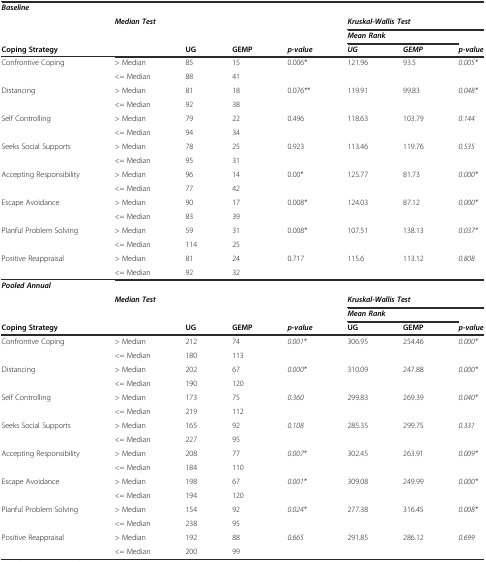
<table><thead><tr><td colspan="8"><b><i>Baseline</i></b></td></tr><tr><td></td><td colspan="4"><b><i>Median Test</i></b></td><td colspan="3"><b><i>Kruskal-Wallis Test</i></b></td></tr><tr><td></td><td></td><td></td><td></td><td></td><td colspan="2"><b><i>Mean Rank</i></b></td><td></td></tr><tr><td><b>Coping Strategy</b></td><td></td><td><b>UG</b></td><td><b>GEMP</b></td><td><b><i>p-value</i></b></td><td><b><i>UG</i></b></td><td><b><i>GEMP</i></b></td><td><b><i>p-value</i></b></td></tr></thead><tbody><tr><td rowspan="2">Confrontive Coping</td><td>&gt; Median</td><td>85</td><td>15</td><td rowspan="2">0.006*</td><td>121.96</td><td>93.5</td><td><i>0.005*</i></td></tr><tr><td>&lt;= Median</td><td>88</td><td>41</td><td></td><td></td><td></td></tr><tr><td rowspan="2">Distancing</td><td>&gt; Median</td><td>81</td><td>18</td><td rowspan="2">0.076**</td><td>119.91</td><td>99.83</td><td><i>0.048*</i></td></tr><tr><td>&lt;= Median</td><td>92</td><td>38</td><td></td><td></td><td></td></tr><tr><td rowspan="2">Self Controlling</td><td>&gt; Median</td><td>79</td><td>22</td><td rowspan="2">0.496</td><td>118.63</td><td>103.79</td><td><i>0.144</i></td></tr><tr><td>&lt;= Median</td><td>94</td><td>34</td><td></td><td></td><td></td></tr><tr><td rowspan="2">Seeks Social Supports</td><td>&gt; Median</td><td>78</td><td>25</td><td rowspan="2">0.923</td><td>113.46</td><td>119.76</td><td><i>0.535</i></td></tr><tr><td>&lt;= Median</td><td>95</td><td>31</td><td></td><td></td><td></td></tr><tr><td rowspan="2">Accepting Responsibility</td><td>&gt; Median</td><td>96</td><td>14</td><td rowspan="2">0.00*</td><td>125.77</td><td>81.73</td><td><i>0.000*</i></td></tr><tr><td>&lt;= Median</td><td>77</td><td>42</td><td></td><td></td><td></td></tr><tr><td rowspan="2">Escape Avoidance</td><td>&gt; Median</td><td>90</td><td>17</td><td rowspan="2">0.008*</td><td>124.03</td><td>87.12</td><td><i>0.000*</i></td></tr><tr><td>&lt;= Median</td><td>83</td><td>39</td><td></td><td></td><td></td></tr><tr><td rowspan="2">Planful Problem Solving</td><td>&gt; Median</td><td>59</td><td>31</td><td rowspan="2">0.008*</td><td>107.51</td><td>138.13</td><td><i>0.037*</i></td></tr><tr><td>&lt;= Median</td><td>114</td><td>25</td><td></td><td></td><td></td></tr><tr><td rowspan="2">Positive Reappraisal</td><td>&gt; Median</td><td>81</td><td>24</td><td rowspan="2">0.717</td><td>115.6</td><td>113.12</td><td><i>0.808</i></td></tr><tr><td>&lt;= Median</td><td>92</td><td>32</td><td></td><td></td><td></td></tr><tr><td colspan="8"><b><i>Pooled Annual</i></b></td></tr><tr><td></td><td colspan="3"><b><i>Median Test</i></b></td><td></td><td colspan="3"><b><i>Kruskal-Wallis Test</i></b></td></tr><tr><td></td><td></td><td></td><td></td><td></td><td colspan="2"><b><i>Mean Rank</i></b></td><td></td></tr><tr><td><b>Coping Strategy</b></td><td></td><td><b>UG</b></td><td><b>GEMP</b></td><td><b><i>p-value</i></b></td><td><b>UG</b></td><td><b>GEMP</b></td><td><b><i>p-value</i></b></td></tr><tr><td rowspan="2">Confrontive Coping</td><td>&gt; Median</td><td>212</td><td>74</td><td rowspan="2"><i>0.001*</i></td><td>306.95</td><td>254.46</td><td><i>0.000*</i></td></tr><tr><td>&lt;= Median</td><td>180</td><td>113</td><td></td><td></td><td></td></tr><tr><td rowspan="2">Distancing</td><td>&gt; Median</td><td>202</td><td>67</td><td rowspan="2"><i>0.000*</i></td><td>310.09</td><td>247.88</td><td><i>0.000*</i></td></tr><tr><td>&lt;= Median</td><td>190</td><td>120</td><td></td><td></td><td></td></tr><tr><td rowspan="2">Self Controlling</td><td>&gt; Median</td><td>173</td><td>75</td><td rowspan="2"><i>0.360</i></td><td>299.83</td><td>269.39</td><td><i>0.040*</i></td></tr><tr><td>&lt;= Median</td><td>219</td><td>112</td><td></td><td></td><td></td></tr><tr><td rowspan="2">Seeks Social Supports</td><td>&gt; Median</td><td>165</td><td>92</td><td rowspan="2"><i>0.108</i></td><td>285.35</td><td>299.75</td><td><i>0.331</i></td></tr><tr><td>&lt;= Median</td><td>227</td><td>95</td><td></td><td></td><td></td></tr><tr><td rowspan="2">Accepting Responsibility</td><td>&gt; Median</td><td>208</td><td>77</td><td rowspan="2"><i>0.007*</i></td><td>302.45</td><td>263.91</td><td><i>0.009*</i></td></tr><tr><td>&lt;= Median</td><td>184</td><td>110</td><td></td><td></td><td></td></tr><tr><td rowspan="2">Escape Avoidance</td><td>&gt; Median</td><td>198</td><td>67</td><td rowspan="2"><i>0.001*</i></td><td>309.08</td><td>249.99</td><td><i>0.000*</i></td></tr><tr><td>&lt;= Median</td><td>194</td><td>120</td><td></td><td></td><td></td></tr><tr><td rowspan="2">Planful Problem Solving</td><td>&gt; Median</td><td>154</td><td>92</td><td rowspan="2"><i>0.024*</i></td><td>277.38</td><td>316.45</td><td><i>0.008*</i></td></tr><tr><td>&lt;= Median</td><td>238</td><td>95</td><td></td><td></td><td></td></tr><tr><td rowspan="2">Positive Reappraisal</td><td>&gt; Median</td><td>192</td><td>88</td><td rowspan="2"><i>0.665</i></td><td>291.85</td><td>286.12</td><td><i>0.699</i></td></tr><tr><td>&lt;= Median</td><td>200</td><td>99</td><td></td><td></td><td></td></tr></tbody></table>